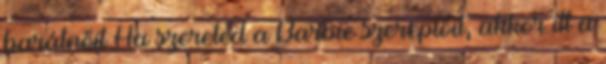
barátnőit Ha szereted a Barbie szereplőit, akkor itt a